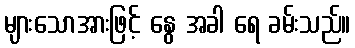
များသောအားဖြင့် နွေ အခါ ရေ ခမ်းသည်။